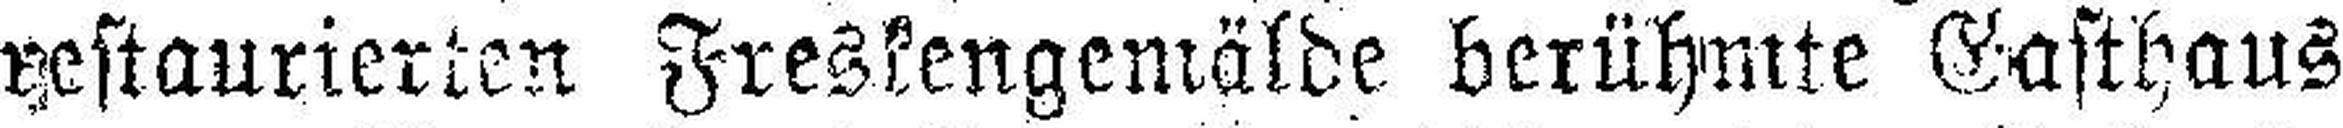
restaurierten Freskengemälde berühmte Gasthaus